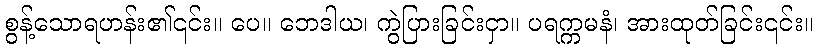
စွန့်သောရဟန်း၏၎င်း။ ပေ။ ဘေဒါယ၊ ကွဲပြားခြင်းငှာ။ ပရက္ကမနံ၊ အားထုတ်ခြင်း၎င်း။